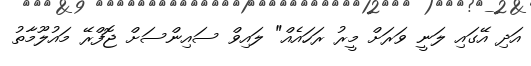
އަދި އޭގައި ލަނީ ވަރަށް މީރު ރަހައެއް" ލައިވް ސައިންސަށް ޖޮފްރޭ މައުލޫމާތު